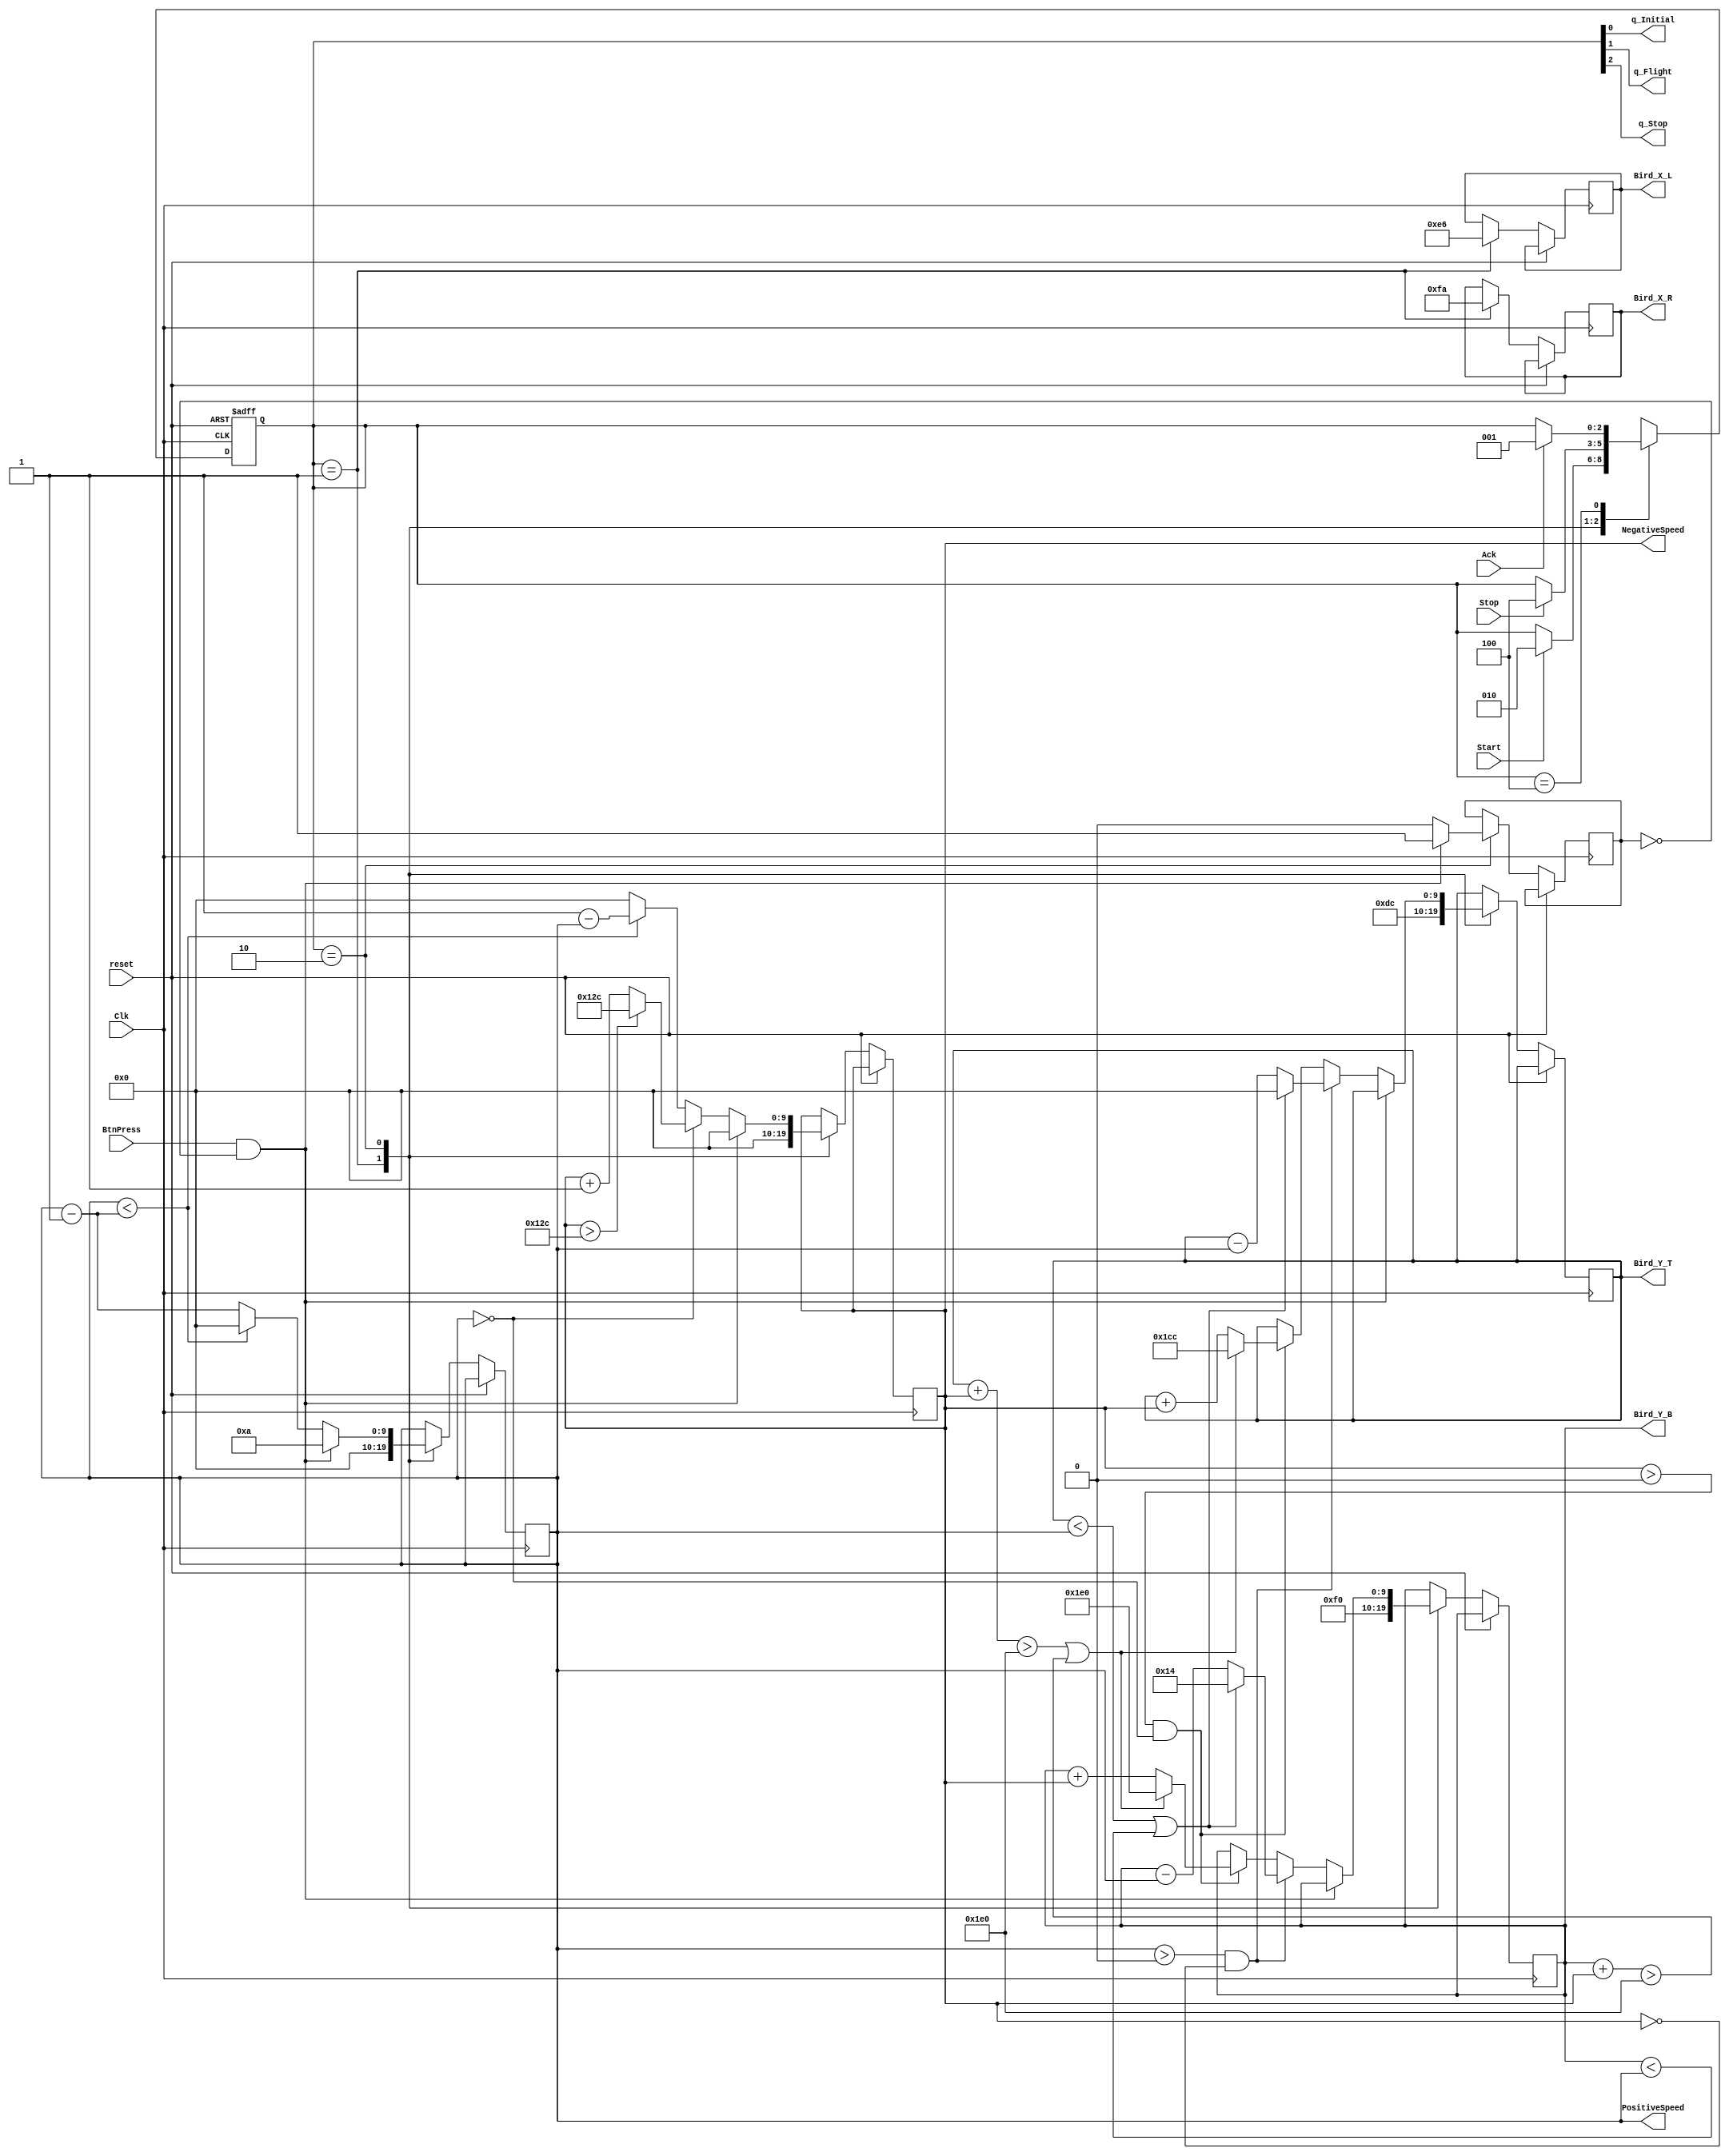
`timescale 1ns / 1ps
//////////////////////////////////////////////////////////////////////////////////
// Company: 
// Engineer: 
// 
// Design Name: 
// Module Name:    flight_physics 
// Project Name: 
// Target Devices: 
// Tool versions: 
// Description: 
//
// Dependencies: 
//
// Revision: 
// Revision 0.01 - File Created
// Additional Comments: 
//
//////////////////////////////////////////////////////////////////////////////////
module flight_physics(Clk, reset, Start, Ack, Stop, BtnPress, Bird_X_L, Bird_X_R, Bird_Y_T, Bird_Y_B,
   q_Initial, q_Flight, q_Stop, PositiveSpeed, NegativeSpeed );

input 	Clk, reset, Start, Ack, Stop;
input 	BtnPress;

//output signed [9:0]	VertSpeed; // some amount of pixels per clock
output [9:0] Bird_X_L;
output [9:0] Bird_X_R;
output [9:0] Bird_Y_T;
output [9:0] Bird_Y_B;
output [9:0] PositiveSpeed;
output [9:0] NegativeSpeed;
output q_Initial, q_Flight, q_Stop;

reg [2:0] state;
assign {q_Stop, q_Flight, q_Initial} = state;

reg [9:0] PositiveSpeed;
reg[9:0] pos_temp;
reg [9:0] NegativeSpeed;

reg [9:0] Bird_X_L;
reg [9:0] Bird_X_R;
reg [9:0] Bird_Y_T;
reg [9:0] Bird_Y_B;

localparam
			QInitial = 3'b001,
			QFlight	= 3'b010,
			QStop 	= 3'b100,
			UNK		= 3'bXXX;

parameter JUMP_VELOCITY = 10; // some amount of pixels per clock
parameter GRAVITY = 1; // change to some number of pixels per clock

reg j;

always @ (posedge Clk, posedge reset)
begin	
	if(reset)
	begin
		state <= QInitial;
	end
	else
	
	begin
		case(state)
		
			QInitial:
			begin
				if(Start) // we're startin' folks
					state <= QFlight;
					
				PositiveSpeed <= 10'd0;
				NegativeSpeed <= 10'd0;
				Bird_X_L <= 10'd230; //10'd300;
				Bird_X_R <= 10'd250; //10'd300;
				Bird_Y_T <= 10'd220;//10'd240;
				Bird_Y_B <= 10'd240; //10'd300;
			end	
			
			QFlight:
			begin
				if(Stop)
					state <= QStop;
					
				if(BtnPress && j == 0)
				begin
						PositiveSpeed <= JUMP_VELOCITY;
						NegativeSpeed <= 0;
						j <= 1;
				end
				
				else 
				begin
					j <= 0;
					// BIRD POSITIONING LOGIC 
					if(PositiveSpeed > 0 && NegativeSpeed == 0)
					begin
						Bird_Y_T <= Bird_Y_T - PositiveSpeed; // minus because Y should become smaller for bird to rise
						Bird_Y_B <= Bird_Y_B - PositiveSpeed; 
						// if bird rises too much
						if(Bird_Y_T < PositiveSpeed || Bird_Y_B < PositiveSpeed)
						begin
							Bird_Y_T <= 10'd0;
							Bird_Y_B <= 10'd20;
						end
					end
					else if(NegativeSpeed > 0 && PositiveSpeed == 0)
					begin
						Bird_Y_T <= Bird_Y_T + NegativeSpeed;
						Bird_Y_B <= Bird_Y_B + NegativeSpeed;
						// going off bottom of screen
						if((Bird_Y_T + NegativeSpeed) > 480 || (Bird_Y_B + NegativeSpeed) > 480)
						begin
							Bird_Y_T <= 10'd460;
							Bird_Y_B <= 10'd480;
						end
					end
					
					// VELOCITY LOGIC 
						pos_temp = PositiveSpeed - GRAVITY; // temp
						
					// if the bird is not yet falling, but is about to start falling
					// positivespeed = 0 (no longer flying up) and negativespeed gets a value (bird starts falling)
					if(PositiveSpeed < (pos_temp)) // minus because rising slower and slower
							//&& NegativeSpeed == 0)
					begin
						PositiveSpeed <= 0;
						NegativeSpeed <= GRAVITY - PositiveSpeed; 
					end
					else
					begin
						PositiveSpeed <= pos_temp;
						NegativeSpeed <=0;
					end
					// bird is already falling
					if(PositiveSpeed == 0)//&& NegativeSpeed > 0)
					begin
						NegativeSpeed <= NegativeSpeed + GRAVITY; // plus because falling faster and faster, gravity
						if((NegativeSpeed) > 10'd300)
							NegativeSpeed <= 10'd300; // terminal velocity sort of
					end
				end
			end	
			
			QStop:
			begin
				if(Ack)
					state <= QInitial;
			end

			default:
				state <= UNK;
		endcase
	end
end

endmodule